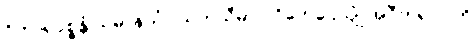
ဝိဟာရပစ္စန္တံ သမာနသံဝါသကသီမာဝ ဝိဟေဌေယျုံ အဝီတရာဂါတိ